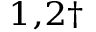
{ } ^ { 1 , 2 \dag }